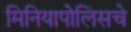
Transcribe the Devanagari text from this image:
मिनियापोलिसचे